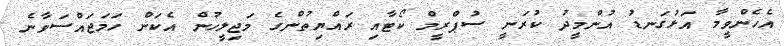
އެހެންވީމާ އަޅުގަނޑު އުންމީދު ކުރަނީ ސުޕްރީމް ކޯޓާއި ރައްޔިތުންގެ މަޖިލީހުން އެކަން ހަމަޖައްސަވާނެ